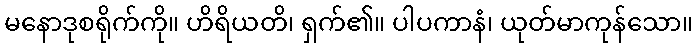
မနောဒုစရိုက်ကို။ ဟိရိယတိ၊ ရှက်၏။ ပါပကာနံ၊ ယုတ်မာကုန်သော။